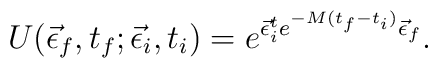
U(\vec\epsilon_f,t_f;\vec\epsilon_i,t_i)=e^{\vec\epsilon_i^te^{-M(t_f-t_i)}\vec\epsilon_f}.